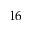
1 6